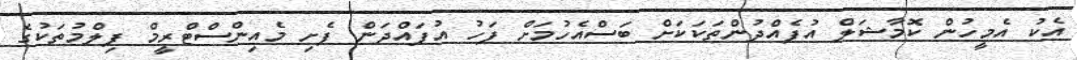
އެކު އެމީހުން ކޮމާޝަލް އުފެއްދުންތަކަކަށް ބަސްއެހުމަށް ފަހު އުފައްދަން ފެށި މެއިންސްޓްރީމް ފިލްމުތަކުގެ